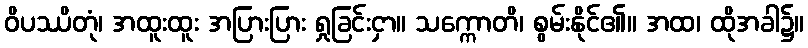
ဝိပဿိတုံ၊ အထူးထူး အပြားပြား ရှုခြင်းငှာ။ သက္ကောတိ၊ စွမ်းနိုင်၏။ အထ၊ ထိုအခါ၌။